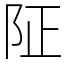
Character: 阷